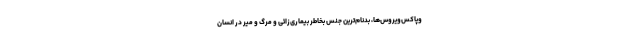
وپاکس‌ویروس‌ها، بدنام‌ترین جنس بخاطر بیماری‌زائی و مرگ و میر در انسان